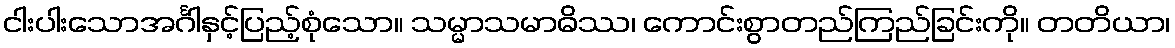
ငါးပါးသောအင်္ဂါနှင့်ပြည့်စုံသော။ သမ္မာသမာဓိဿ၊ ကောင်းစွာတည်ကြည်ခြင်းကို။ တတိယာ၊